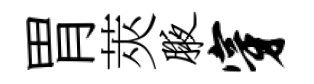
胃莢腋穿